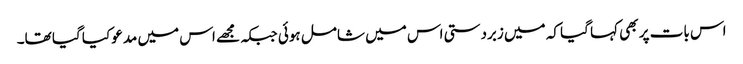
اس بات پر بھی کہا گیا کہ میں زبردستی اس میں شامل ہوئی جبکہ مجھے اس میں مدعو کیا گیا تھا۔